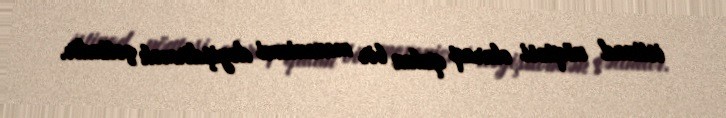
istinad nöqtəsi olaraq qalan bir mexanizmi dəyişdirmək çətindir.